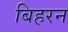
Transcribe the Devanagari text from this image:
बिहरन